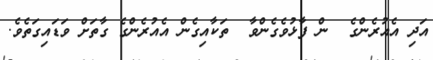
އަދި އެއުރެންގެ  ން ފާޅުވެގެންވާ  ތަކާއިގެން އެއުރެންގެ ގާތަށް ވަޑައިގަތެވެ.